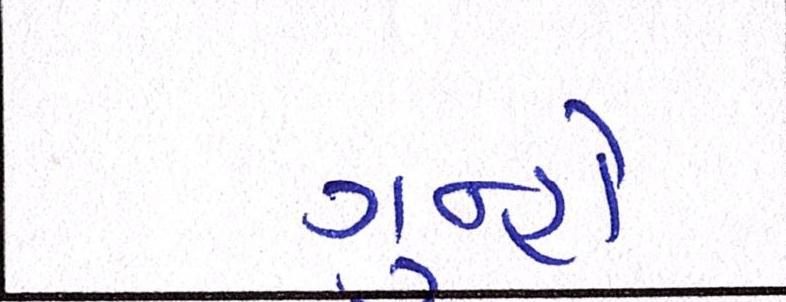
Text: ગુન્હો